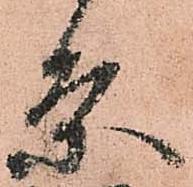
条